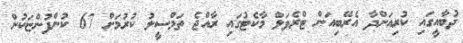
ދުބާއީގައި ކުރިއަށްދާ އެރޭބިއަން ޓްރެވަލް މާކެޓުގައި ރާއްޖެ ތަމްސީލު ކުރުމަށް 67 ކުންފުންޏަކުން